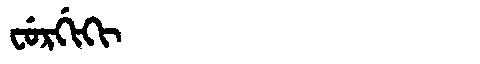
Manchu: ᠸᡠᡵᡤᡳᡴᡳ
Romanization: FURGIKI